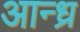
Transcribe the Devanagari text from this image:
आन्‍ध्र